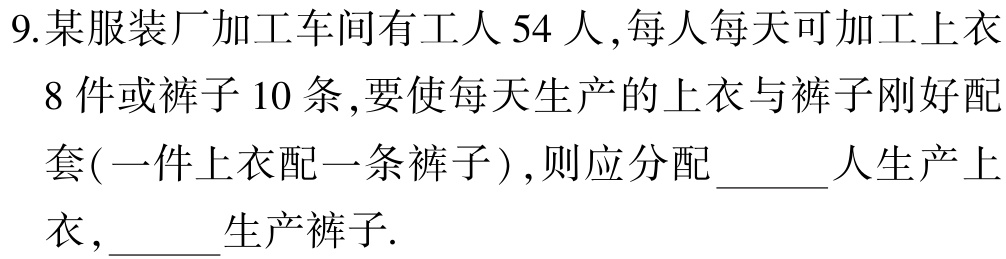
9.某服装厂加工车间有工人54人,每人每天可加工上衣8件或裤子10条,要使每天生产的上衣与裤子刚好配套(一件上衣配一条裤子),则应分配______人生产上衣,______生产裤子.